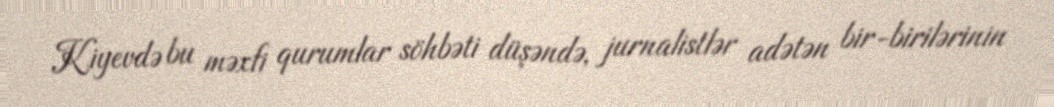
Kiyevdə bu məxfi qurumlar söhbəti düşəndə, jurnalistlər adətən bir-birilərinin